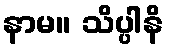
နာမ။ သိပ္ပါနိ